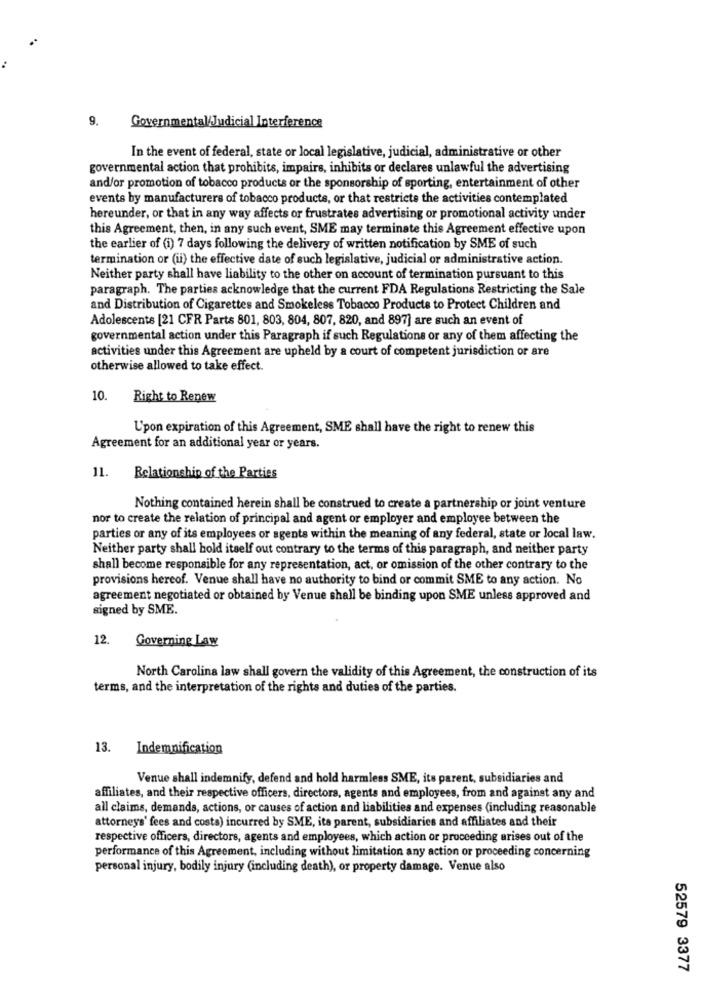
9.
Governmental/Judicial Interference
In the event of federal, state or local legislative, judicial, administrative or other
governmental action that prohibits, impairs, inhibits or declares unlawful the advertising
and/or promotion of tobacco products or the sponsorship of sporting, entertainment of other
events by manufacturers of tobacco products, or that restricts the activities contemplated
hereunder, or that in any way affects or frustrates advertising or promotional activity under
this Agreement, then, in any such event, SME may terminate this Agreement effective upon
the earlier of (i) 7 days following the delivery of written notification by SME of such
termination or (ii) the effective date of such legislative, judicial or administrative action.
Neither party shall have liability to the other on account of termination pursuant to this
paragraph. The parties acknowledge that the current FDA Regulations Restricting the Sale
and Distribution of Cigarettes and Smokeless Tobacco Products to Protect Children and
Adolescents [21 CFR Parts 801, 803, 804, 807, 820, and 897] are such an event of
governmental action under this Paragraph if such Regulations or any of them affecting the
activities under this Agreement are upheld by a court of competent jurisdiction or are
otherwise allowed to take effect.
10.
Right to Renew
L'pon expiration of this Agreement, SME shall have the right to renew this
Agreement for an additional year or years.
11.
Relationship of the Parties
Nothing contained herein shall be construed to create a partnership or joint venture
nor to create the relation of principal and agent or employer and employee between the
parties or any of its employees or agents within the meaning of any federal, state or local law.
Neither party shall hold itself out contrary to the terms of this paragraph, and neither party
shall become responsible for any representation, act, or omission of the other contrary to the
provisions hereof. Venue shall have no authority to bind or commit SME to any action. No
agreement negotiated or obtained by Venue shall be binding upon SME unless approved and
signed by SME.
12.
Governing Law
North Carolina law shall govern the validity of this Agreement, the construction of its
terms, and the interpretation of the rights and duties of the parties.
13.
Indemnification
Venue shall indemnify, defend and hold harmless SME, its parent, subsidiaries and
affiliates, and their respective officers, directors, agents and employees, from and against any and
all claims, demands, actions, or causes of action and liabilities and expenses (including reasonable
attorneys' fees and costs) incurred by SME, its parent, subsidiaries and affiliates and their
respective officers, directors, agents and employees, which action or proceeding arises out of the
performance of this Agreement, including without limitation any action or proceeding concerning
personal injury, bodily injury (including death), or property damage. Venue also
52579 3377